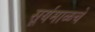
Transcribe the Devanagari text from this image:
सूर्यमाळचे